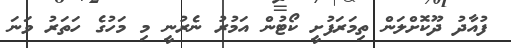
ފުއާދު ދޫކޮށްލަން ތިމަރަފުށީ ކޯޓުން އަމުރު ނެރުނީ މި މަހުގެ ހަތަރު ވަނަ